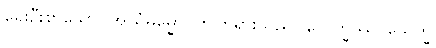
ရှေးဦးစွာသော။ အယံဓမ္မော၊ ဤတရားသည်။ သေက္ခဿ၊ သေက္ခ